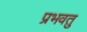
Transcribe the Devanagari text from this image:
प्रभवतु